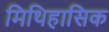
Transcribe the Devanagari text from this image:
मिथिहासिक